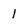
Character: 1